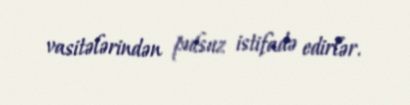
vasitələrindən pulsuz istifadə edirlər.